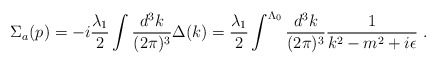
\begin{align*}\Sigma_{a} (p)= -i\frac{\lambda_1}{2} \int \frac{d^3k}{(2\pi)^3}\Delta (k) =\frac{\lambda_1}{2} \int^{\Lambda_0} \frac{d^3k}{(2\pi)^3} \frac{1}{k^2-m^2+i\epsilon}\; .\end{align*}